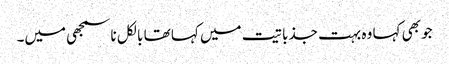
جو بھی کہا وہ بہت جذباتیت میں کہا تھا بالکل ناسمجھی میں۔